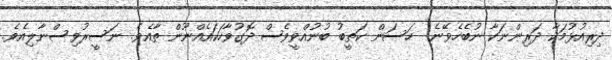
ދިރިއުޅުމަކާ ދަރިންނަކާ ނުބެހެވޭނެ.  ހަސަން ކަތީބު ބުނުއްވީވެސް ދޮގުވާހަކައެއްނޫން ތާއެވެ. ނަސީރުވިސްނާލިއެެވެ.